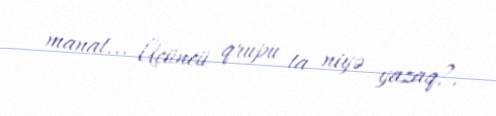
manat... Üçüncü qrupu ta niyə yazaq?.